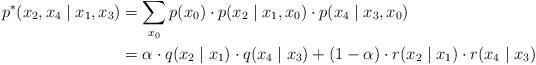
LaTeX: \begin{align*}p^*(x_2, x_4 \mid x_1, x_3) &= \sum_{x_0} p(x_0) \cdot p(x_2 \mid x_1, x_0) \cdot p(x_4 \mid x_3, x_0) \\ &= \alpha \cdot q(x_2 \mid x_1) \cdot q(x_4 \mid x_3) + (1-\alpha) \cdot r(x_2 \mid x_1) \cdot r(x_4 \mid x_3) \end{align*}